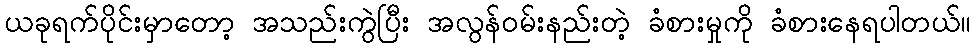
ယခုရက်ပိုင်းမှာတော့ အသည်းကွဲပြီး အလွန်ဝမ်းနည်းတဲ့ ခံစားမှုကို ခံစားနေရပါတယ်။